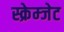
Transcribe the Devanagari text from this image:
स्क्रेम्जेट